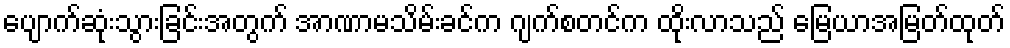
ပျောက်ဆုံးသွားခြင်းအတွက် အာဏာမသိမ်းခင်က ဂျက်စတင်က ထိုးလာသည် မြေယာအမြတ်ထုတ်